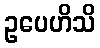
ဥပေဟိသိ